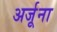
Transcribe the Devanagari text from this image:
अर्जूना